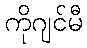
ကိုဂျင်မီ